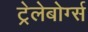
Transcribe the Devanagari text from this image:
ट्रेलेबोर्ग्स